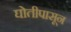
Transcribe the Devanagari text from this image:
घोतीपासून